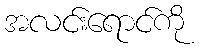
အလင်းရောင်ကို